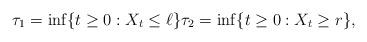
LaTeX: \begin{align*}\tau_1 = \inf\{t \geq 0: X_t \leq \ell\} \tau_2 = \inf\{t \geq 0: X_t \geq r\},\end{align*}